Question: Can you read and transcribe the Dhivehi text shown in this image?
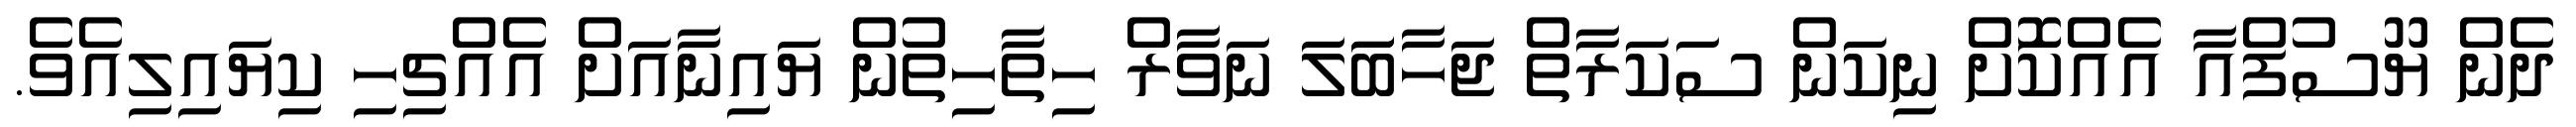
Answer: ދެން ޔޫސުފްއާ އެއްކޮަށް ނިކަން ސަކަރާތް ޖަހާބަަލަ ނަވާރް ހިތާހިތުން ޔައިނާއަށް އެއްޗިހި ކިޔައިލިއެވެ.